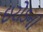
ઇરોડની